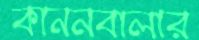
কাননবালার